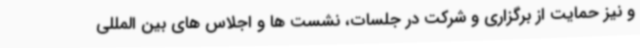
و نیز حمایت از برگزاری و شرکت در جلسات، نشست ها و اجلاس های بین المللی